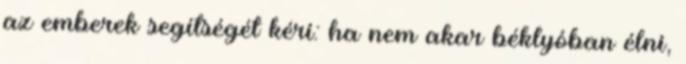
az emberek segítségét kéri: ha nem akar béklyóban élni,